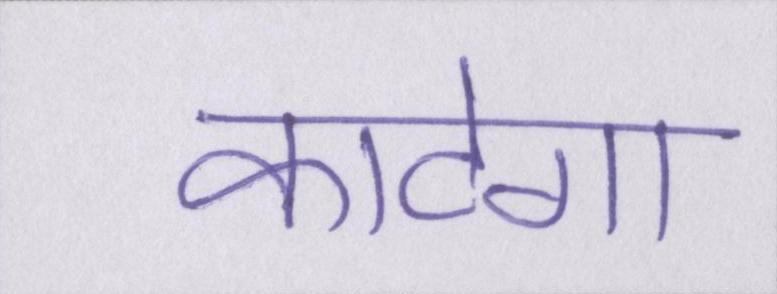
काटेगा